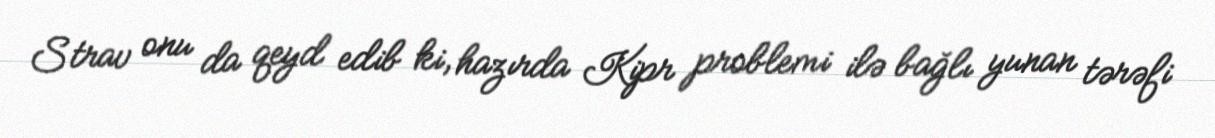
Strav onu da qeyd edib ki, hazırda Kipr problemi ilə bağlı yunan tərəfi